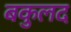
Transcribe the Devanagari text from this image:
बकुलद